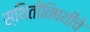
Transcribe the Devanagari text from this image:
स्थितीविषयीचे